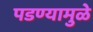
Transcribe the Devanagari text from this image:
पडण्यामुळे